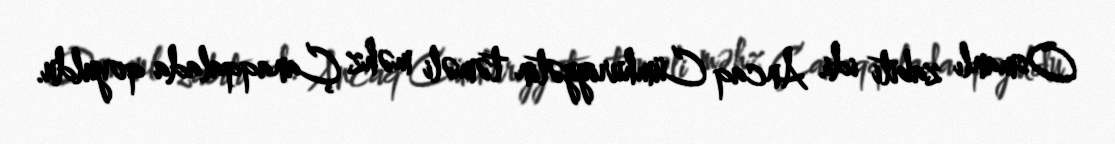
Osmanlı zabiti idi. Ancaq Cümhuriyyətin təməli məhz Çanaqqalada qoyuldu.